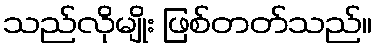
သည်လိုမျိုး ဖြစ်တတ်သည်။